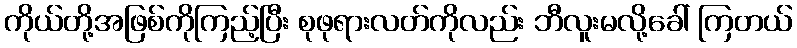
ကိုယ်တို့အဖြစ်ကိုကြည့်ပြီး စုဖုရားလတ်ကိုလည်း ဘီလူးမလို့ခေါ် ကြတယ်